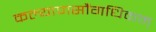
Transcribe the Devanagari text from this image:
कल्याणसौंगधिकम्